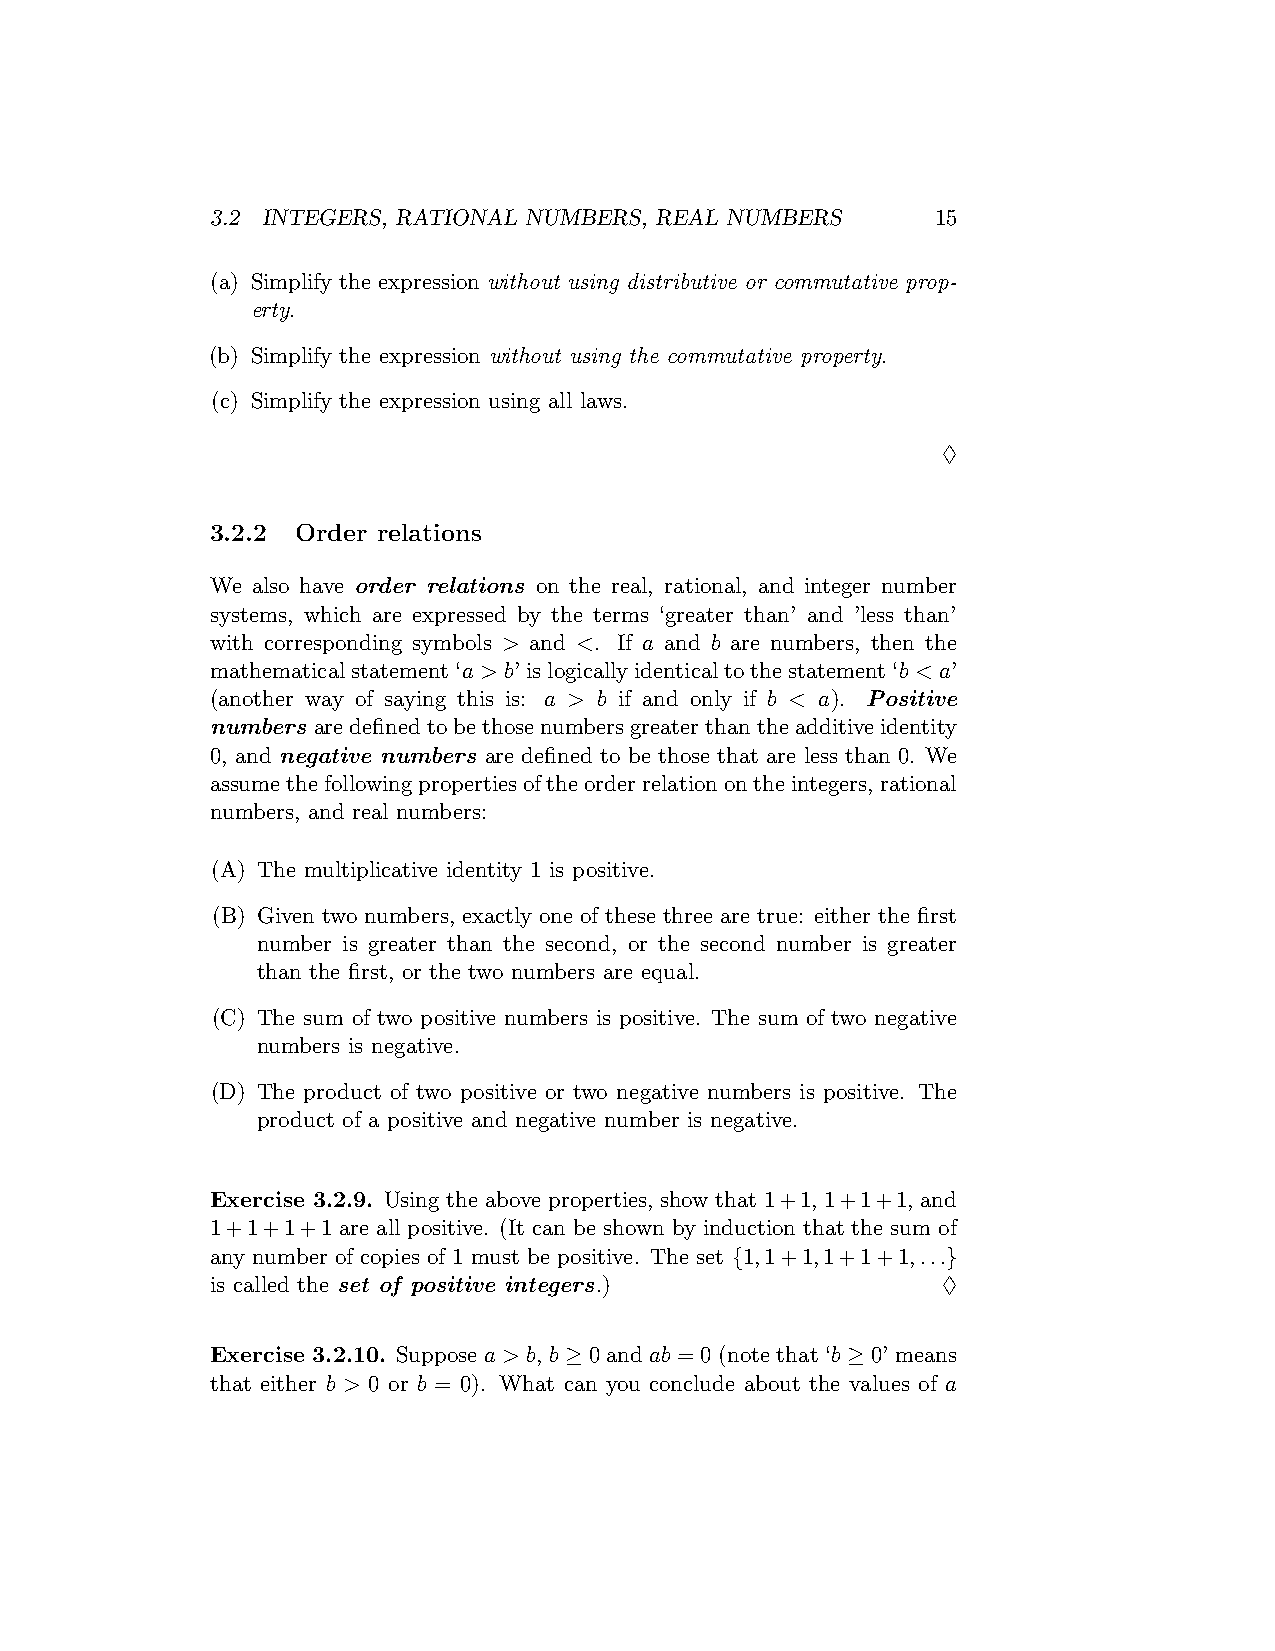
3.2 INTEGERS, RATIONAL NUMBERS, REAL NUMBERS    15
 (a) Simplify the expression without using distributive or commutative prop-
 erty.
 (b) Simplify the expression without using the commutative property.
 (c) Simplify the expression using all laws.
 ♢
 3.2.2 Order relations
 We also have order relations on the real, rational, and integer number
 systems, which are expressed by the terms ‘greater than’ and ’less than’
 with corresponding symbols > and <. If a and b are numbers, then the
 mathematicalstatement‘a > b’islogicallyidenticaltothestatement‘b < a’
 (another way of saying this is: a > b if and only if b < a). Positive
 numbers aredefinedtobethosenumbersgreaterthantheadditiveidentity
 0, and negative numbers are defined to be those that are less than 0. We
 assumethefollowingpropertiesoftheorderrelationontheintegers,rational
 numbers, and real numbers:
 (A) The multiplicative identity 1 is positive.
 (B) Given two numbers, exactly one of these three are true: either the first
 number is greater than the second, or the second number is greater
 than the first, or the two numbers are equal.
 (C) The sum of two positive numbers is positive. The sum of two negative
 numbers is negative.
 (D) The product of two positive or two negative numbers is positive. The
 product of a positive and negative number is negative.
 Exercise 3.2.9. Using the above properties, show that 1+1, 1+1+1, and
 1+1+1+1 are all positive. (It can be shown by induction that the sum of
 any number of copies of 1 must be positive. The set {1,1+1,1+1+1,...}
 is called the set of positive integers.)        ♢
 Exercise 3.2.10. Suppose a > b, b ≥ 0 and ab = 0 (note that ‘b ≥ 0’ means
 that either b > 0 or b = 0). What can you conclude about the values of a